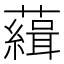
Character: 𧁭